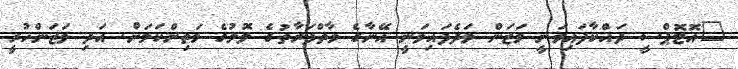
"އޮޓޮޕްސީ ދައްކާފައިވަނީ ވަޒަން ވަދެފައިވަނީ އޭނާގެ ވާތްފަރާތުގެ ލޮލުގެ މަތިންކަމަށް. އަދި ވަޒަންހުރީ